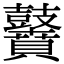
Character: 𪔵